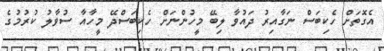
އެގޮތަށް ހެކިބަސް ނަގާއިރު ދައުވާ ލިބޭ މީހުންނަށް ހެކިބަސްދޭ މީހާއާ ސުވާލު ކުރުމުގެ